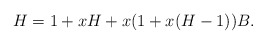
\begin{align*}H = 1+ xH +x(1+x(H-1))B.\end{align*}